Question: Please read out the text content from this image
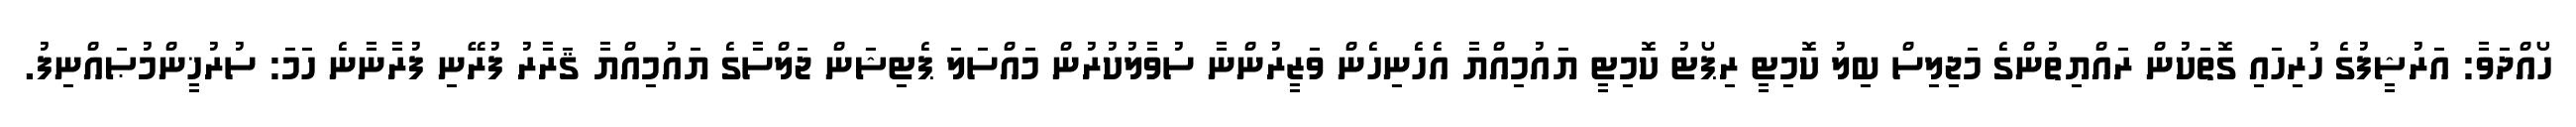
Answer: ހޯއްދަވާ: އަރުޝީފުގެ ހުރިހައި ގޮތަކުން ރައްޔިތުންގެ މަޖިލިސް ބިލު ކޮމިޓީ ރިޕޯޓު ކޮމިޓީ ޔައުމިއްޔާ އެހެނިހެން ވަޒީރުންނާ ސުވާލުކުރުން މައްސަލަ ޕެޓިޝަން ޖަލްސާގެ ޔައުމިއްޔާ ޤަރާރު ފުރޭނި ފުރާނާނެ ހަމަ: ސުރުޚީންމުޞައްނިފު.